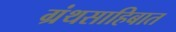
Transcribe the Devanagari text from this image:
ग्रंथसाहिबात